Black-water fever - Number 35
Disease focus: Fever
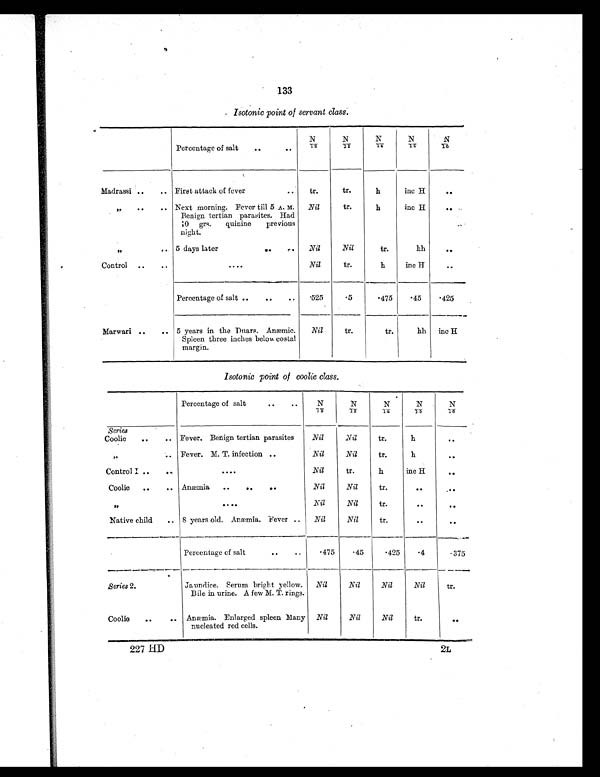
133
Isotonic point of servant class.
Percentage of salt
. .
. .
N/12
N / 1 3
N/14
N/15
N / 1 6
Madrassi ..
.. First attack of fever
..
tr.
tr.
h
inc H
. .
„
. .
. . Next morning. Fever till 5 A. M.
Benign tertian parasites. Had
10 grs. quinine previous
night.
Nil
tr.
h
inc H
. .
„
.. 5 days later
..
..
Nil
Nil
tr.
hh
. .
Control ..
..
. . . .
Nil
tr.
h
inc H
..
Percentage of salt ..
. .
. .
. 5 2 5
.5
. 4 7 5
. 4 5 .425
Marwari ..
.. 5 years in the Duars. Anæmic.
Spleen three inches below costal
margin.
Nil
tr.
tr.
hh inc H
Isotonic point of coolie class.
Percentage of salt
..
..
N / 1 2
N/13
N/14
N / 1 5
N / 1 6
Series
Coolie
. .
.. Fever. Benign tertian parasites
Nil
Nil
tr.
h
. .
„
.. Fever. M. T. infection ..
Nil
Nil
tr.
h
. .
Control I ..
. .
. . . .
Nil
tr.
h
inc H
. .
Coolie
..
.. Anæmia
..
. .
..
Nil
Nil
tr.
. .
. .
„
. . . .
Nil
Nil
tr.
. .
. .
Native child
.. 8 years old. Anæmia. Fever ..
Nil
Nil
tr.
..
. .
Percentage of salt
..
..
.475
. 4 5 .425
.4
.375
Series 2.
Jaundice. Serum bright yellow.
Bile in urine. A few M. T. rings.
Nil
Nil
Nil
Nil
tr.
Coolie
. .
.. Anæmia. Enlarged spleen Many
nucleated red cells.
Nil
Nil
Nil
tr.
. .
227 HD
2L